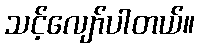
သင့်လျော်ပါတယ်။